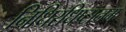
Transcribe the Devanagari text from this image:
निधिरधिष्टानम्